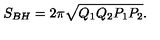
S _ { B H } = 2 \pi \sqrt { Q _ { 1 } Q _ { 2 } P _ { 1 } P _ { 2 } } .